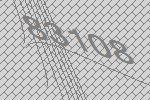
83108